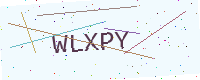
Text: WLXPY